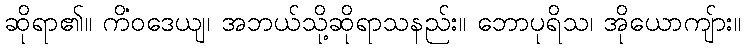
ဆိုရာ၏။ ကိံဝဒေယျ၊ အဘယ်သို့ဆိုရာသနည်း။ ဘောပုရိသ၊ အိုယောကျ်ား။